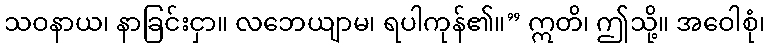
သဝနာယ၊ နာခြင်းငှာ။ လဘေယျာမ၊ ရပါကုန်၏။” ဣတိ၊ ဤသို့။ အဝေါစုံ၊